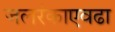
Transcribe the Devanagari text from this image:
जलरंकाएवढा